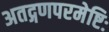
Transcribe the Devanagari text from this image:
अतद्गणपरमेष्टिः